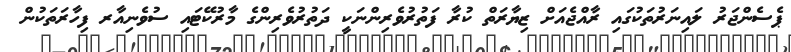
ޕެސެންޖަރު ލައިނަރުތަކުގައި ރާއްޖެއަށް ޒިޔާރަތް ކުރާ ފަތުރުވެރިންނަކީ ދަތުރުވެރިންގެ މާރުކޭޓައި ސުުވެނިއާރ ފިހާރަތަކުން